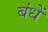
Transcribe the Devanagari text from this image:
बंधें